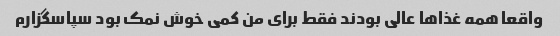
واقعا همه غذاها عالی بودند فقط برای من کمی خوش نمک بود سپاسگزارم